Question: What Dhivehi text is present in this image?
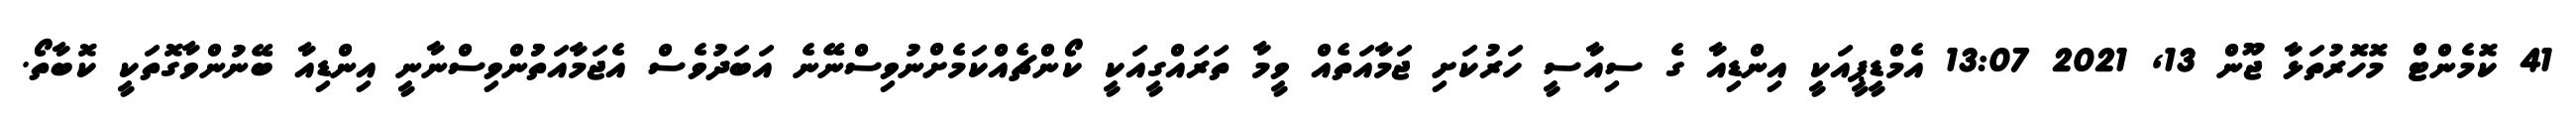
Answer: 41 ކޮމެންޓް މޮހޮރުތަޅާ ޖޫން 13, 2021 13:07 އެމްޑީޕީއަކީ އިންޑިއާ ގެ ސިއާސީ ހަރުކަށި ޖަމާއަތެއް ވީމާ ތަރައްގީއަކީ ކޯންޗެއްކަމެށްނުވިސްނޭނެ އަބަދުވެސް އެޖަމާއަތުުންވިސްނާނީ އިންޑިއާ ބޭނުންވާގޮތަކީ ކޮބާތޯ.